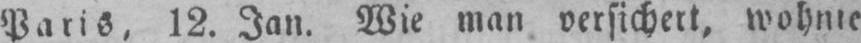
Paris, 12. Jan. Wie man versichert, wohnte